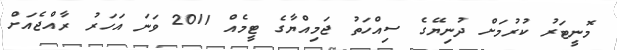
މޮނީޓަރު ކުރުމަށް ދުނިޔޭގެ ސިއްހަތު ޖަމިއްޔާގެ ޓީމެއް 2011 ވަނަ އަހަރު ރާއްޖެއަށް